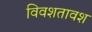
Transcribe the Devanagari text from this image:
विवशतावश